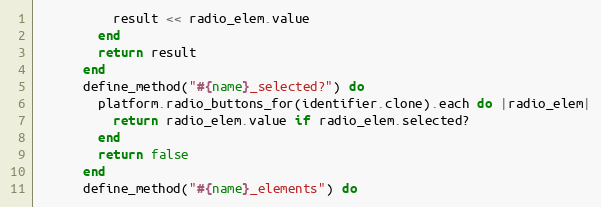
Language: Ruby
          result << radio_elem.value
        end
        return result
      end
      define_method("#{name}_selected?") do
        platform.radio_buttons_for(identifier.clone).each do |radio_elem|
          return radio_elem.value if radio_elem.selected?
        end
        return false
      end
      define_method("#{name}_elements") do